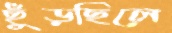
ছুঁড়ছিলে